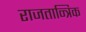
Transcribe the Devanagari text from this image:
राजतान्त्रिक